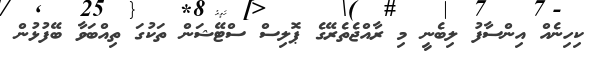
ކިހިނެއް އިންސާފު ލިބެނީ މި ރާއްޖެތެރޭގެ ޕޮލިސް ސްޓޭޝަން ތަކުގަ ތިއްބަވާ ބޭފުޅުން